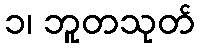
၁၊ ဘူတသုတ်